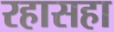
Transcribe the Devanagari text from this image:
रहासहा